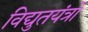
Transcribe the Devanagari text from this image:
विद्युतयंत्रों